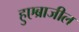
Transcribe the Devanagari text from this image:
हुएब्राजील